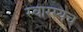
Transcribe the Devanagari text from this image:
स्वारस्यच